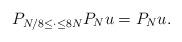
LaTeX: \begin{align*}P_{N/8 \leq \cdot \leq 8N} P_N u = P_N u. \end{align*}